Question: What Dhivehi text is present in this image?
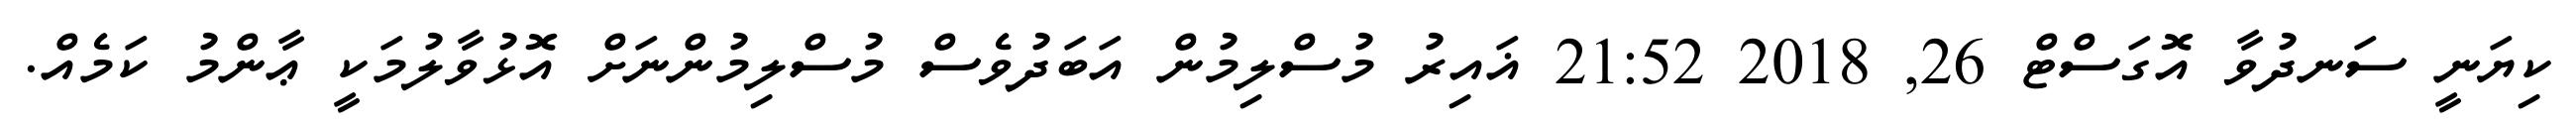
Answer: ކިޔަނީ ސަނދުވާ އޮގަސްޓް 26, 2018 21:52 ޣައިރު މުސްލިމުން އަބަދުވެސް މުސްލިމުންނަށް އޮޅުވާލުމަކީ ޢާންމު ކަމެއް.